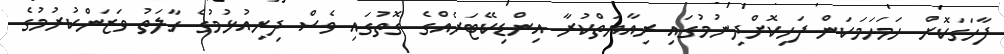
ފާހަގަކޮށް ހަމަހަމަކަން ފަހިކޮށްދިނުމުގައި ރިއާޔަތްކުރާ އިންޑިކޭޓަރެއްގެ ގޮތުގައި ވެސް ދިރިއުޅުމުގެ ހާލަތު ވަޒަންކުރުމުގެ